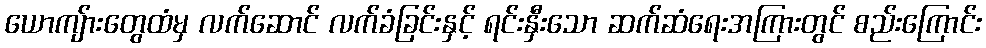
ယောကျ်ားတွေထံမှ လက်ဆောင် လက်ခံခြင်းနှင့် ရင်းနှီးသော ဆက်ဆံရေးအကြားတွင် စည်းကြောင်း